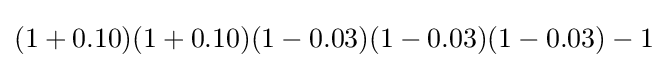
(1+0.10)(1+0.10)(1-0.03)(1-0.03)(1-0.03)-1